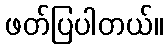
ဖတ်ပြပါတယ်။